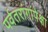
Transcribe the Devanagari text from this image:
पर्वतरांगांपेक्षा